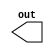
`timescale 1ns / 1ps

module ringoscillator(out);

output out;

(* KEEP = "TRUE" *)(* S = "TRUE" *) wire connector;
(* KEEP = "TRUE" *)(* S = "TRUE" *) wire [36:0] w;

not inputGate(w[0], connector);

// generate inverters
genvar i;

generate
	for(i = 0; i < 35; i = i + 1) 
	begin : GATELOOP
		not gate(w[i+1], w[i]);
		if(i+1 == 35)
			not endGate(connector, w[i+1]);	
	end	
endgenerate

assign out = connector;

endmodule